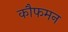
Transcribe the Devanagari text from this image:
कौफमन